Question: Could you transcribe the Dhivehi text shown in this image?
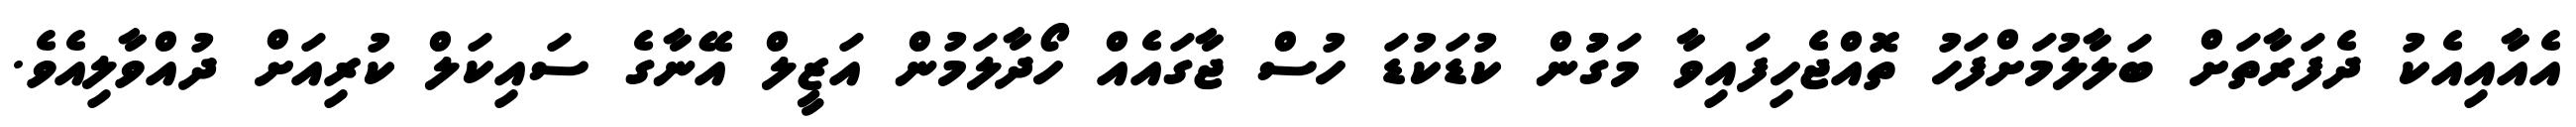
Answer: އެއާއިއެކު ދެފަރާތަށް ބަލާލުމަށްފަހު ތޮއްޖެހިފައިވާ މަގުުން ކުޑަކުޑަ ހުސް ޖާގައެއް ހޯދާލަމުން އަޒީލް އޭނާގެ ސައިކަލް ކުރިއަށް ދުއްވާލިއެވެ.